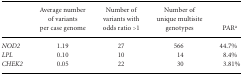
|  | Average number of variants per case genome | Number of variants with odds ratio >1 | Number of unique multisite genotypes | PARa |
 | --- | --- | --- | --- | --- |
 | NOD2 | 1.19 | 27 | 566 | 44.7% |
 | LPL | 0.10 | 10 | 14 | 8.4% |
 | CHEK2 | 0.05 | 22 | 30 | 3.81% |